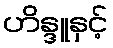
ဟိန္ဒူနှင့်